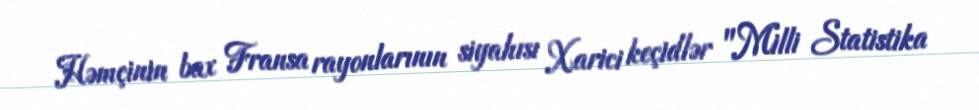
Həmçinin bax Fransa rayonlarının siyahısı Xarici keçidlər "Milli Statistika